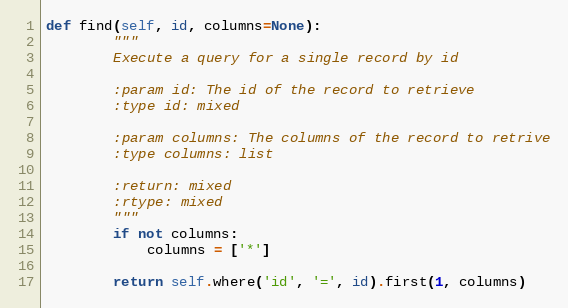
Language: Python
def find(self, id, columns=None):
        """
        Execute a query for a single record by id

        :param id: The id of the record to retrieve
        :type id: mixed

        :param columns: The columns of the record to retrive
        :type columns: list

        :return: mixed
        :rtype: mixed
        """
        if not columns:
            columns = ['*']

        return self.where('id', '=', id).first(1, columns)